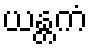
ယန္တကံ